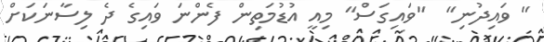
" ވައިދުނި"  "ވައިގަސް" މިއީ އުޑުމަތިން ފެންނަ ވައިގެ ދެ ލިސާނަކަށް